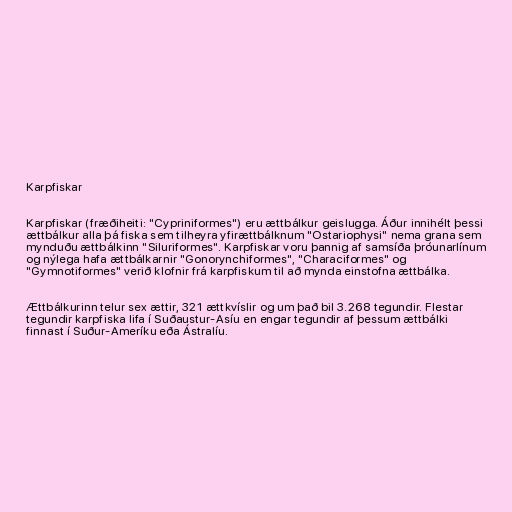
Karpfiskar

Karpfiskar (fræðiheiti: "Cypriniformes") eru ættbálkur geislugga. Áður innihélt þessi
ættbálkur alla þá fiska sem tilheyra yfirættbálknum "Ostariophysi" nema grana sem
mynduðu ættbálkinn "Siluriformes". Karpfiskar voru þannig af samsíða þróunarlínum
og nýlega hafa ættbálkarnir "Gonorynchiformes", "Characiformes" og
"Gymnotiformes" verið klofnir frá karpfiskum til að mynda einstofna ættbálka.

Ættbálkurinn telur sex ættir, 321 ættkvíslir og um það bil 3.268 tegundir. Flestar
tegundir karpfiska lifa í Suðaustur-Asíu en engar tegundir af þessum ættbálki
finnast í Suður-Ameríku eða Ástralíu.